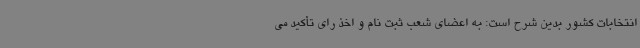
انتخابات کشور بدین شرح است: به اعضای شعب ثبت نام و اخذ رای تأکید می